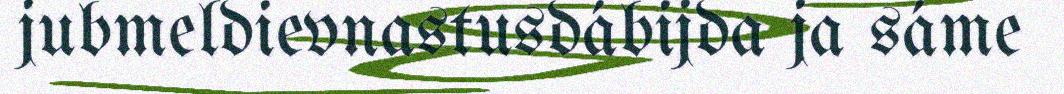
jubmeldievnastusdábijda ja sáme